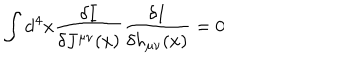
LaTeX: \int \mathrm { d } ^ { 4 } x \frac { \delta I } { \delta J ^ { \mu \nu } ( x ) } \frac { \delta I } { \delta h _ { \mu \nu } ( x ) } = 0